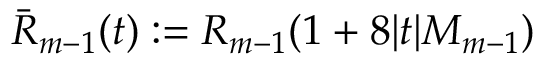
\bar { R } _ { m - 1 } ( t ) : = R _ { m - 1 } ( 1 + 8 | t | M _ { m - 1 } )